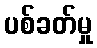
ပစ်ခတ်မှု